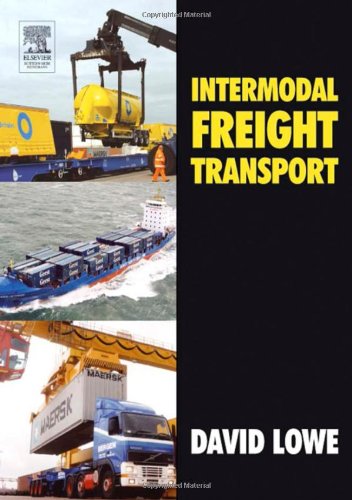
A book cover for Intermodal Freight Transport; David Lowe; Business & Money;